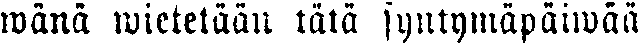
wänä wietetään tätä syntymäpäiwää